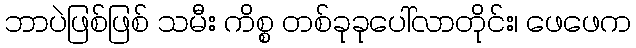
ဘာပဲဖြစ်ဖြစ် သမီး ကိစ္စ တစ်ခုခုပေါ်လာတိုင်း၊ ဖေဖေက